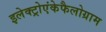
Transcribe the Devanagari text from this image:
इलेक्ट्रोएंकेफैलोग्राम